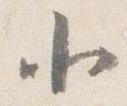
北